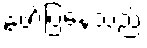
ဖော်ပြနေသည်